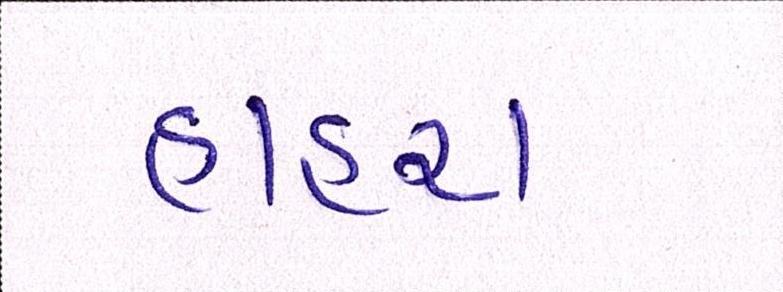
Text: હાહરા